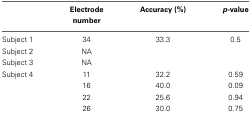
<table><thead><tr><td></td><td><b>Electrode number</b></td><td><b>Accuracy (%)</b></td><td><b><i>p</i>-value</b></td></tr></thead><tbody><tr><td>Subject 1</td><td>34</td><td>33.3</td><td>0.5</td></tr><tr><td>Subject 2</td><td>NA</td><td></td><td></td></tr><tr><td>Subject 3</td><td>NA</td><td></td><td></td></tr><tr><td>Subject 4</td><td>11</td><td>32.2</td><td>0.59</td></tr><tr><td></td><td>16</td><td>40.0</td><td>0.09</td></tr><tr><td></td><td>22</td><td>25.6</td><td>0.94</td></tr><tr><td></td><td>26</td><td>30.0</td><td>0.75</td></tr></tbody></table>